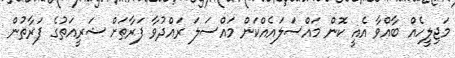
މަޖިލީހެއް ބާއްވާ އެއީ ކޮން މައްސަލައެއްކަން މައްސަލަ ރައްދުވާ ފަރާތަށް ޝަރީއަތުގެ ފަރާތުން